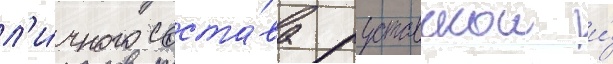
л'и́чного соста́ва руставскои и́